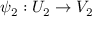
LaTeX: \psi _ { 2 } : U _ { 2 } \to V _ { 2 }